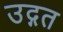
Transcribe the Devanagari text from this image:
उद्गत